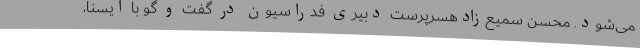
می‌شود. محسن سمیع‌زادهسرپرست دبیری فدراسیون در گفت و گو با ایسنا،